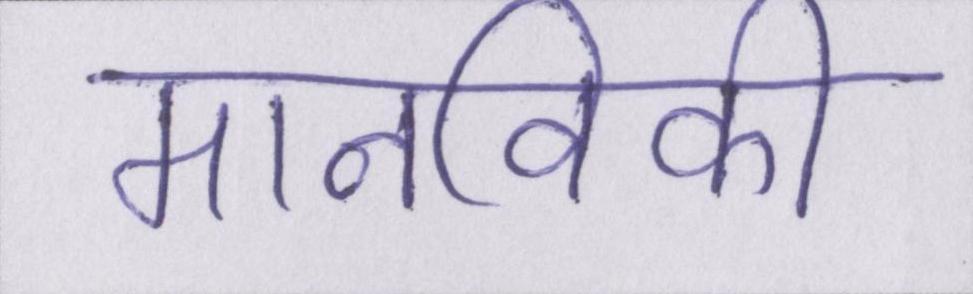
मानविकी